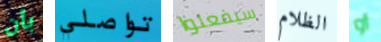
بأن تواصلي سيفعلوا الظلام أو